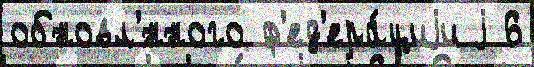
обновл'́нного ф'ед'ера́циjи j 6